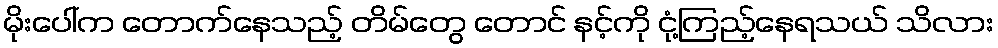
မိုးပေါ်က တောက်နေသည့် တိမ်တွေ တောင် နင့်ကို ငုံ့ကြည့်နေရသယ် သိလား